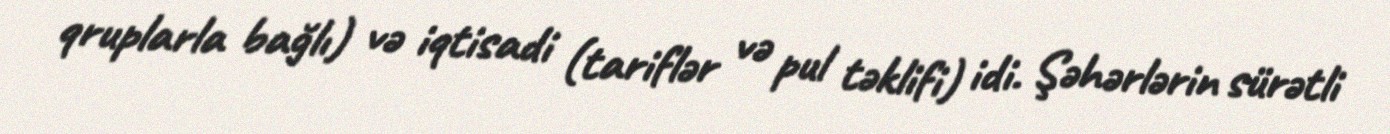
qruplarla bağlı) və iqtisadi (tariflər və pul təklifi) idi. Şəhərlərin sürətli